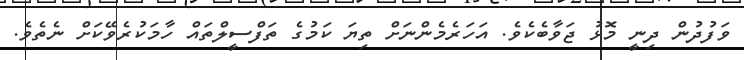
ވަފުދުން ދިނީ މޮޅު ޖަވާބެކެވެ. އަހަރެމެންނަށް ތިޔަ ކަމުގެ ތަފްސީލްތައް ހާމަކުރެވޭކަށް ނެތެވެ.